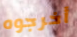
أخرجوه